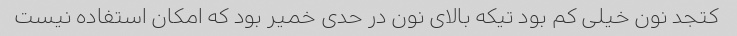
کتجد نون خیلی کم بود تیکه بالای نون در حدی خمیر بود که امکان استفاده نیست